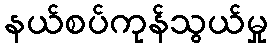
နယ်စပ်ကုန်သွယ်မှု